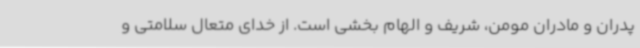
پدران و مادران مومن، شریف و الهام بخشی است. از خدای متعال سلامتی و